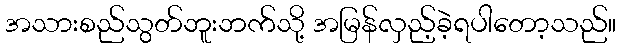
အသားစည်သွတ်ဘူးဘက်သို့ အမြန်လှည့်ခဲ့ရပါတော့သည်။